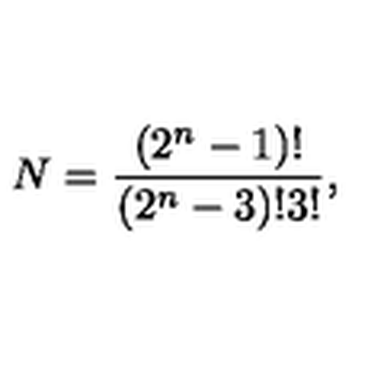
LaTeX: N = { \frac { \left( 2 ^ { n } - 1 \right) ! } { \left( 2 ^ { n } - 3 \right) ! 3 ! } } ,